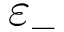
\varepsilon _ { - }